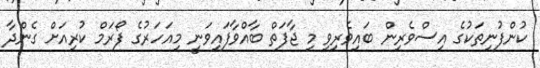
ކުންފުނިތަކުގެ އިސްވެރިން ބައިވެރިވި މި ޖާފަތް ބާއްވާފައިވަނީ މިއަހަރުގެ ފޯރަމް ކުރިއަށް ގެންދާ